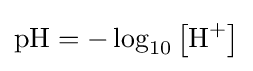
{\mbox{pH}}=-\log _{10}\left[{\mbox{H}}^{+}\right]